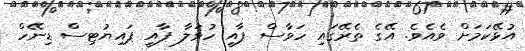
އުޅޭކަމަށް ވެއެވެ. އޭގެ ތެރޭގައި ހަވާސް ޕާއީ ހުވަލާ ޕާއީ ޕައިޔުޓިސް ޑިނޭހް